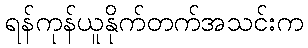
ရန်ကုန်ယူနိုက်တက်အသင်းက